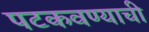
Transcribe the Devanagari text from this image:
पटकवण्याची